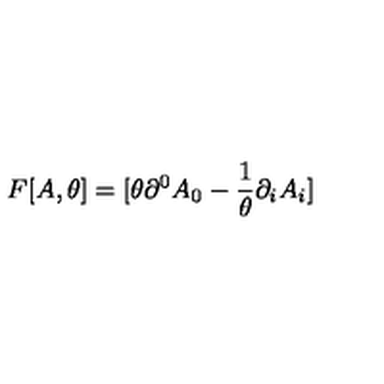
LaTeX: F [ A , \theta ] = [ \theta \partial ^ { 0 } A _ { 0 } - \frac { 1 } { \theta } \partial _ { i } A _ { i } ]